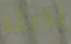
لدينا